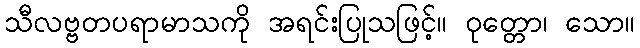
သီလဗ္ဗတပရာမာသကို အရင်းပြုသဖြင့်။ ဝုတ္တော၊ သော။